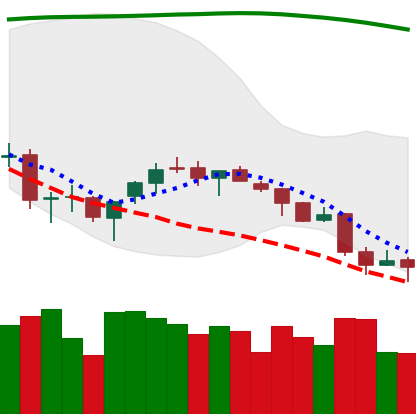
Ticker: BTC-USD
Chart end date: 2018-04-01
Forward return: -3.038%
Label: down_3_5